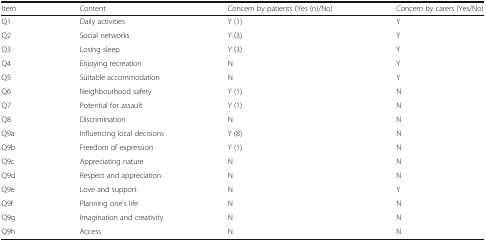
<table><thead><tr><td><b>Item</b></td><td><b>Content</b></td><td><b>Concern by patients (Yes (n)/No)</b></td><td><b>Concern by carers (Yes/No)</b></td></tr></thead><tbody><tr><td>Q1</td><td>Daily activities</td><td>Y (1)</td><td>Y</td></tr><tr><td>Q2</td><td>Social networks</td><td>Y (3)</td><td>Y</td></tr><tr><td>Q3</td><td>Losing sleep</td><td>Y (3)</td><td>Y</td></tr><tr><td>Q4</td><td>Enjoying recreation</td><td>N</td><td>Y</td></tr><tr><td>Q5</td><td>Suitable accommodation</td><td>N</td><td>Y</td></tr><tr><td>Q6</td><td>Neighbourhood safety</td><td>Y (1)</td><td>N</td></tr><tr><td>Q7</td><td>Potential for assault</td><td>Y (1)</td><td>N</td></tr><tr><td>Q8</td><td>Discrimination</td><td>N</td><td>N</td></tr><tr><td>Q9a</td><td>Influencing local decisions</td><td>Y (8)</td><td>N</td></tr><tr><td>Q9b</td><td>Freedom of expression</td><td>Y (1)</td><td>N</td></tr><tr><td>Q9c</td><td>Appreciating nature</td><td>N</td><td>N</td></tr><tr><td>Q9d</td><td>Respect and appreciation</td><td>N</td><td>N</td></tr><tr><td>Q9e</td><td>Love and support</td><td>N</td><td>Y</td></tr><tr><td>Q9f</td><td>Planning one’s life</td><td>N</td><td>N</td></tr><tr><td>Q9g</td><td>Imagination and creativity</td><td>N</td><td>N</td></tr><tr><td>Q9h</td><td>Access</td><td>N</td><td>N</td></tr></tbody></table>